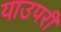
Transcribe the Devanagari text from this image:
याउपरी